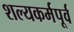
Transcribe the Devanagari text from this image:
शल्यकर्मपूर्व